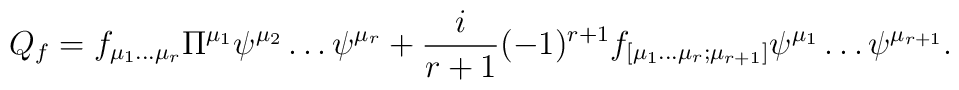
Q_{f}=f_{\mu _{1}\dots \mu _{r}}\Pi ^{\mu _{1}}\psi ^{\mu _{2}}\dots \psi^{\mu _{r}}+\frac{i}{r+1}(-1)^{r+1}f_{[\mu _{1}\dots \mu _{r};\mu_{r+1}]}\psi ^{\mu _{1}}\dots \psi ^{\mu _{r+1}}.  \nonumber